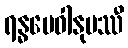
ရန္ဓမေဝါနုပဿီ